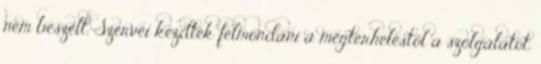
nem beszélt. Szervei kezdték felmondani a megterheléstől a szolgálatot.